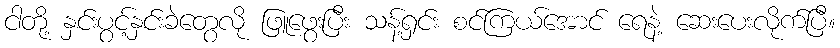
ငါတို့ နှင်းပွင့်နှင်းခဲတွေလို ဖြူဖွေးပြီး သန့်ရှင်း စင်ကြယ်အောင် ရေနဲ့ ဆေးပေးလိုက်ပြီ။